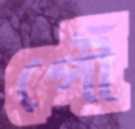
পৌঁ